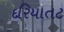
દરિયાતટ